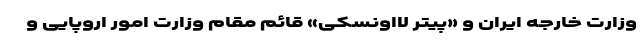
وزارت خارجه ایران و «پیتر لااونسکی» قائم مقام وزارت امور اروپایی و